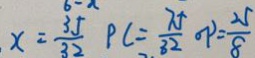
x = \frac { 3 5 } { 3 2 } P C = \frac { 7 5 } { 8 2 } o p = \frac { 2 5 } { 8 }